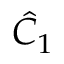
{ \hat { C } } _ { 1 }